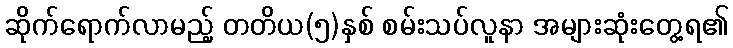
ဆိုက်ရောက်လာမည့် တတိယ(၅)နှစ် စမ်းသပ်လူနာ အများဆုံးတွေ့ရ၏